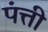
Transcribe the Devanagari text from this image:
पंत्ती